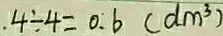
. 4 \div 4 = 0 . 6 ( d m ^ { 3 } )